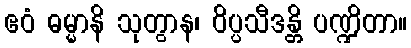
ဧဝံ ဓမ္မာနိ သုတွာန၊ ဝိပ္ပသီဒန္တိ ပဏ္ဍိတာ။